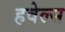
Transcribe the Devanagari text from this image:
हवेल्स